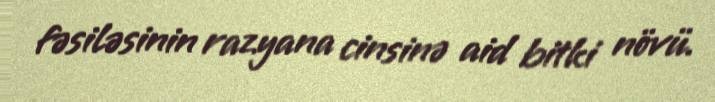
fəsiləsinin razyana cinsinə aid bitki növü.